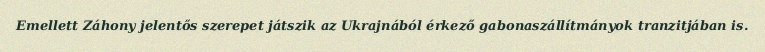
Emellett Záhony jelentős szerepet játszik az Ukrajnából érkező gabonaszállítmányok tranzitjában is.